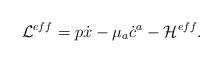
LaTeX: \begin{align*}{\cal{L}}^{eff}= p\dot{x}-\mu_a\dot{c}^a-{\cal H}^{eff}.\end{align*}